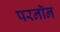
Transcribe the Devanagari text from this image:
परनॉन